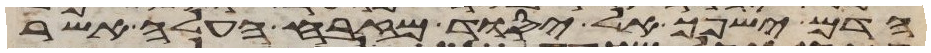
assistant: הדם ישפך אל יסוד מזבח העלה אשר